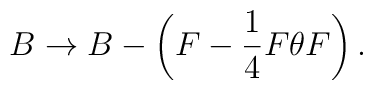
B\rightarrow B-\left( F-\frac{1}{4}F\theta F\right) .